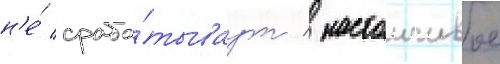
н'е́ сраба́тываут / настоичивое